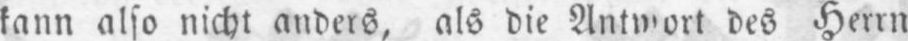
kann also nicht anders, als die Antwort des Herrn